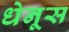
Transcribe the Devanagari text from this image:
धेनूस